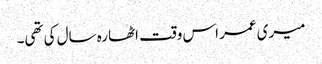
میری عمر اس وقت اٹھارہ سال کی تھی۔